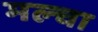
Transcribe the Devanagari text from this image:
मल्‍चा